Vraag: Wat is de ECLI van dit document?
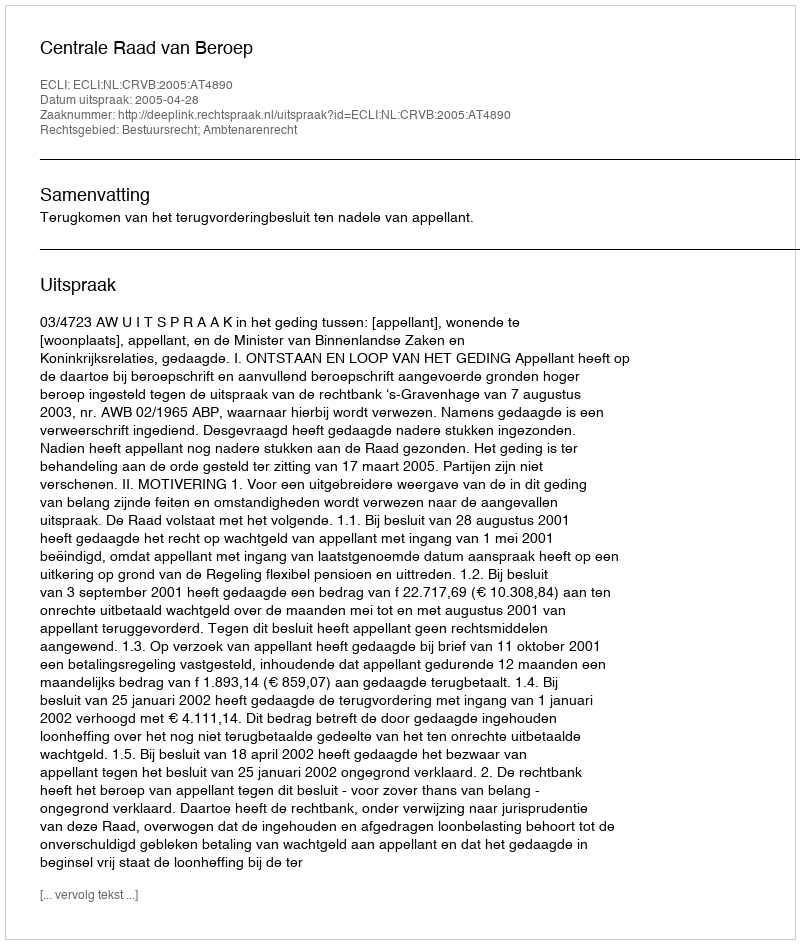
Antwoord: ECLI:NL:CRVB:2005:AT4890